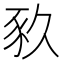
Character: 𧰫